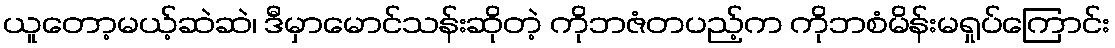
ယူတော့မယ့်ဆဲဆဲ၊ ဒီမှာမောင်သန်းဆိုတဲ့ ကိုဘဇံတပည့်က ကိုဘစံမိန်းမရှုပ်ကြောင်း